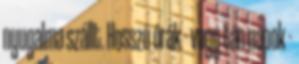
nyugalma szállt. Hosszú órák - vagy tán napok -